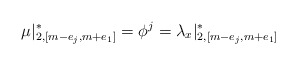
\begin{align*}\mu|_{2, [m-e_j, m+e_1]}^* = \phi^j = \lambda_x|_{2, [m-e_j, m+e_1]}^*\end{align*}